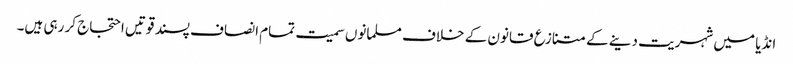
انڈیا میں شہریت دینے کے متنازع قانون کے خلاف مسلمانوں سمیت تمام انصاف پسند قوتیں احتجاج کر رہی ہیں۔